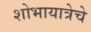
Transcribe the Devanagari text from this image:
शोभायात्रेचे